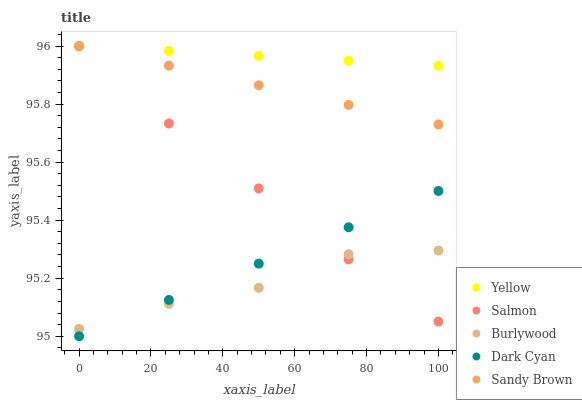
| xaxis_label | Yellow | Salmon | Burlywood | Dark Cyan | Sandy Brown |
 | --- | --- | --- | --- | --- | --- |
 | 0 | 96 | 96 | 95 | 95 | 96 |
 | 25 | 96 | 95.7 | 95.1 | 95.1 | 95.9 |
 | 50 | 96 | 95.5 | 95.2 | 95.3 | 95.9 |
 | 75 | 95.9 | 95.3 | 95.3 | 95.4 | 95.8 |
 | 100 | 95.9 | 95.1 | 95.3 | 95.5 | 95.7 |